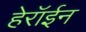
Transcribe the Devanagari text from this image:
हेरॉईन